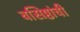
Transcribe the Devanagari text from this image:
वसिष्ठांची